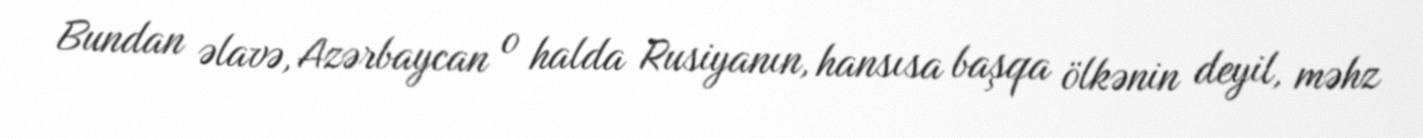
Bundan əlavə, Azərbaycan o halda Rusiyanın, hansısa başqa ölkənin deyil, məhz